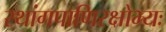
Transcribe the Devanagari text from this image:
रथांगपाणिरक्षोभ्यः